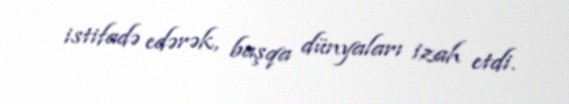
istifadə edərək, başqa dünyaları izah etdi.